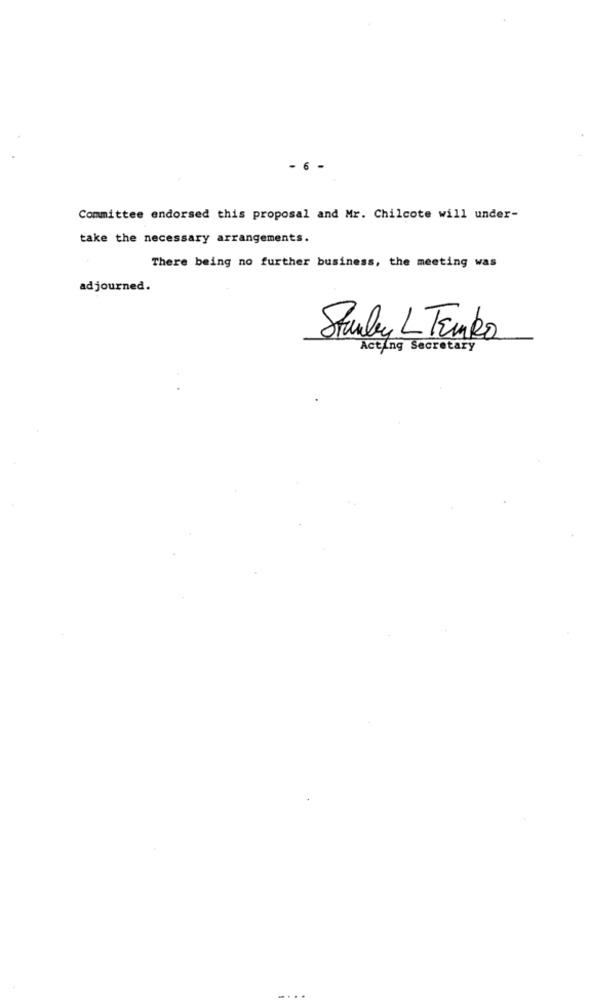
- 6 -
Committee endorsed this proposal and Mr. Chilcote will under-
take the necessary arrangements.
There being no further business, the meeting was
adjourned.
Stanley L Temko
Acting Secretary